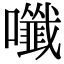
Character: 𡄑